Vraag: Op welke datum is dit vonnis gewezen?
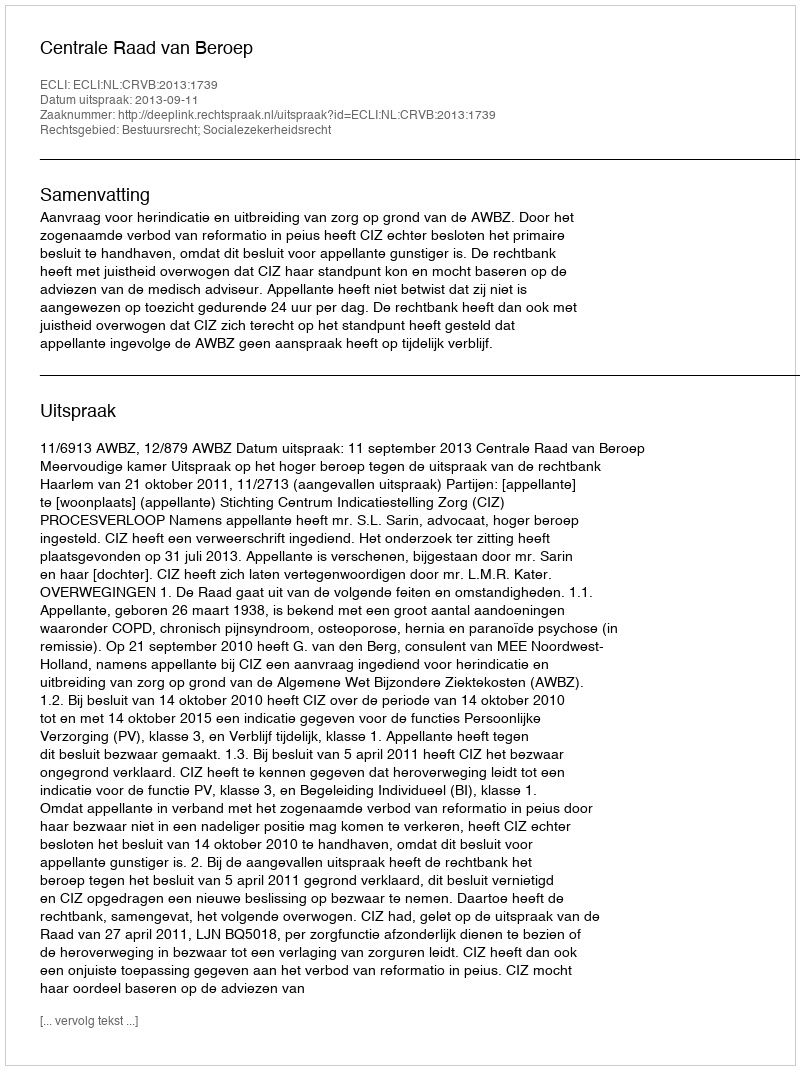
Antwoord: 2013-09-11